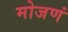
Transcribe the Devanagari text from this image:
मोजणं